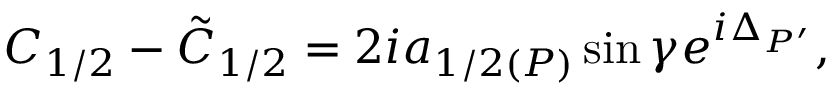
C _ { 1 / 2 } - \tilde { C } _ { 1 / 2 } = 2 i a _ { 1 / 2 ( P ) } \sin \gamma e ^ { i \Delta _ { P ^ { \prime } } } ,